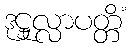
ဒုဋ္ဌုလ္လာပတ္တိံ